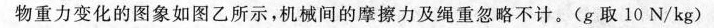
物重力变化的图象如图乙所示，机械间的摩擦力及绳重忽略不计。(g取10N/kg)